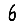
Digit: 6